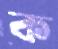
ক